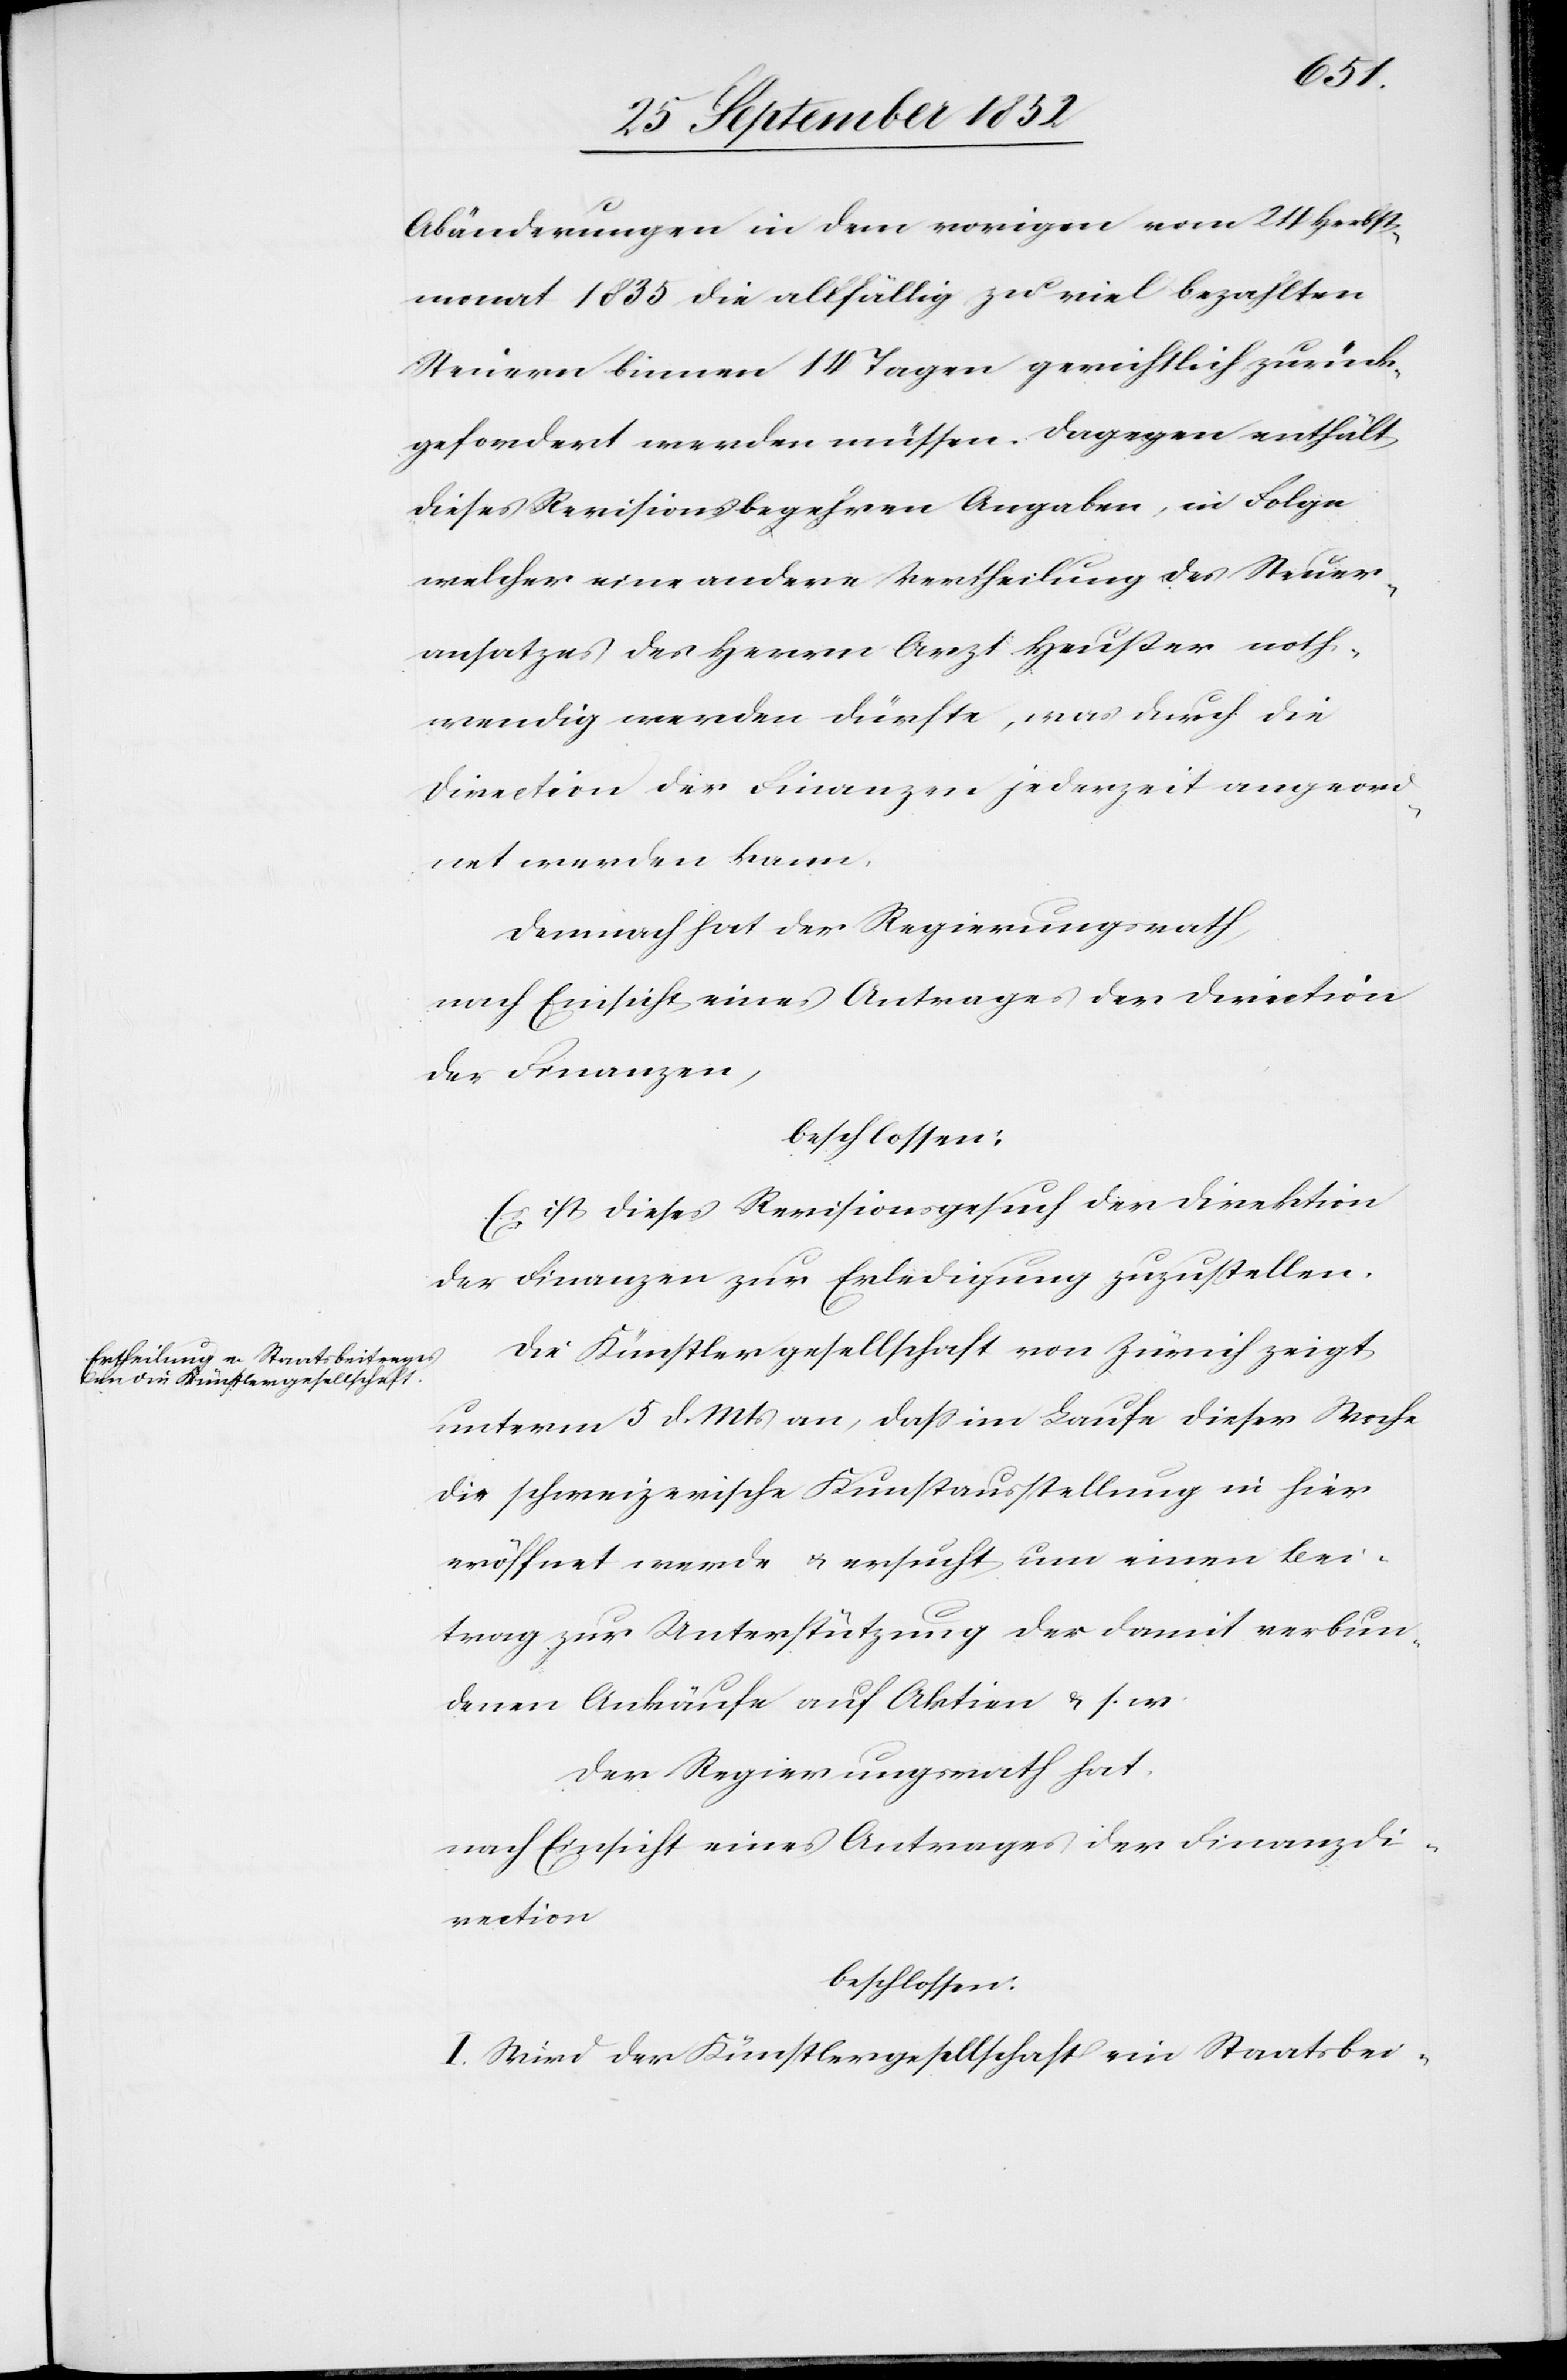
Abänderungen in dem vorigen vom 24 Herbst¬
monat 1835 die allfällig zu viel bezahlten
Steuern binnen 14 Tagen gerichtlich zurück¬
gefordert werden müssen. Dagegen enthält
dieses Revisionsbegehren Angaben, in Folge
welcher eine andere Vertheilung des Steuer¬
ansatzes des Herrn Arzt Heußer noth¬
wendig werden dürfte, was durch die
Direction der Finanzen jederzeit angeord¬
net werden kann.
Demnach hat der Regierungsrath,
nach Einsicht eines Antrages der Direction
der Finanzen,
beschlossen:
Es ist dieses Revisionsgesuch der Direktion
der Finanzen zur Erledigung zuzustellen.
Die Künstlergesellschaft von Zürich zeigt
unterm 5 d. Mts an, dass im Laufe dieser Woche
die schweizerische Kunstausstellung in hier
eröffnet werde & ersucht um einen Bei¬
trag zur Unterstützung der damit verbun¬
denen Ankäufe auf Aktien & s. w.
Der Regierungsrath hat,
nach Einsicht eines Antrages der Finanzdi¬
rection
beschlossen:
I. Wird der Künstlergesellschaft ein Staatsbei-